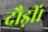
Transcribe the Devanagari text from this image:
दौड़ीं।